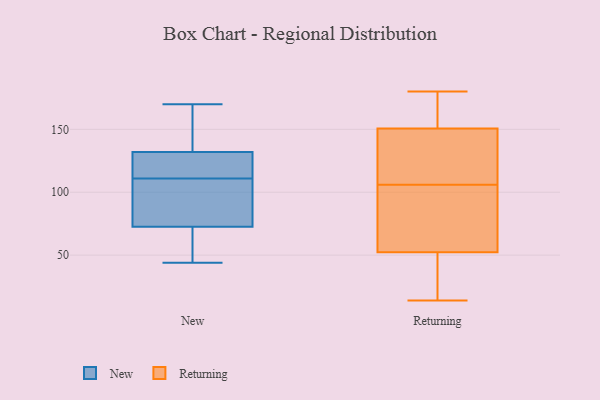
{"axis": {"x": "Tickets Resolved", "y": "Value"}, "legend": ["New", "Returning"], "data": [{"x": "", "y": 114, "type": "New"}, {"x": "", "y": 170, "type": "New"}, {"x": "", "y": 116, "type": "New"}, {"x": "", "y": 109, "type": "New"}, {"x": "", "y": 44, "type": "New"}, {"x": "", "y": 113, "type": "New"}, {"x": "", "y": 59, "type": "New"}, {"x": "", "y": 86, "type": "New"}, {"x": "", "y": 46, "type": "New"}, {"x": "", "y": 154, "type": "New"}, {"x": "", "y": 148, "type": "New"}, {"x": "", "y": 99, "type": "New"}, {"x": "", "y": 132, "type": "Returning"}, {"x": "", "y": 15, "type": "Returning"}, {"x": "", "y": 108, "type": "Returning"}, {"x": "", "y": 60, "type": "Returning"}, {"x": "", "y": 71, "type": "Returning"}, {"x": "", "y": 143, "type": "Returning"}, {"x": "", "y": 106, "type": "Returning"}, {"x": "", "y": 177, "type": "Returning"}, {"x": "", "y": 174, "type": "Returning"}, {"x": "", "y": 70, "type": "Returning"}, {"x": "", "y": 180, "type": "Returning"}, {"x": "", "y": 14, "type": "Returning"}, {"x": "", "y": 29, "type": "Returning"}]}